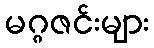
မဂ္ဂဇင်းများ